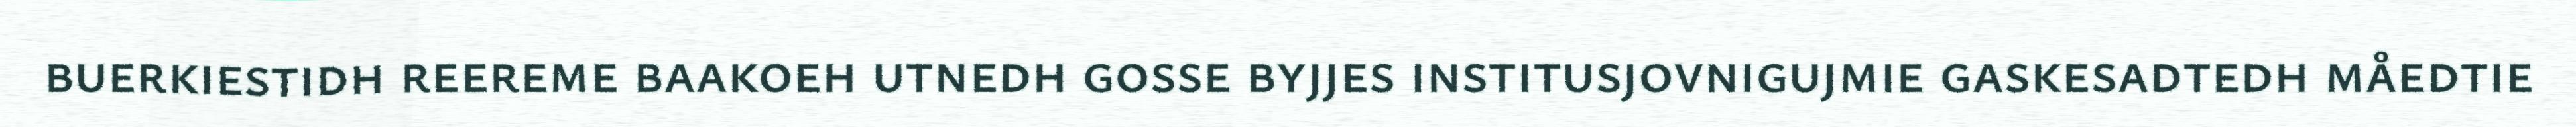
buerkiestidh reereme baakoeh utnedh gosse byjjes institusjovnigujmie gaskesadtedh måedtie